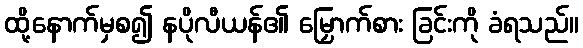
ထို့နောက်မှစ၍ နပိုလီယန်၏ မြှောက်စား ခြင်းကို ခံရသည်။